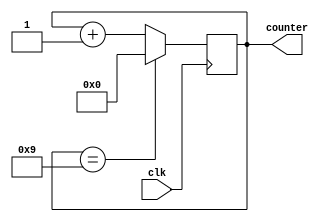
`timescale 1ns / 1ps
//////////////////////////////////////////////////////////////////////////////////
// Company: 
// Engineer: 
// 
// Design Name: 
// Module Name: count
// Project Name: 
// Target Devices: 
// Tool Versions: 
// Description: 
// 
// Dependencies: 
// 
// Revision:
// Revision 0.01 - File Created
// Additional Comments:
// 
//////////////////////////////////////////////////////////////////////////////////


module bitcount (input clk  , output reg[0:3] counter);
always @(posedge clk) begin
      if (counter ==9)
      counter <=0;
      else
      counter <= counter + 1; // non blocking assignment
end
endmodule